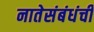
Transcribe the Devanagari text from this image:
नातेसंबंधंची